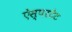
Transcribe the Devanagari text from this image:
ऐस्परटेट